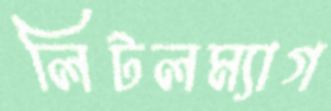
লিটলম্যাগ